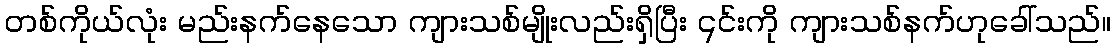
တစ်ကိုယ်လုံး မည်းနက်နေသော ကျားသစ်မျိုးလည်းရှိပြီး ၎င်းကို ကျားသစ်နက်ဟုခေါ်သည်။